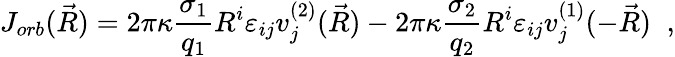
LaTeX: J_{orb}(\vec{R})=2\pi\kappa\frac{\sigma_{1}}{q_{1}}R^{i}\varepsilon_{ij}v_{j}^{(2)}(\vec{R})-2\pi\kappa\frac{\sigma_{2}}{q_{2}}R^{i}\varepsilon_{ij}v_{j}^{(1)}(-\vec{R})\; \; ,